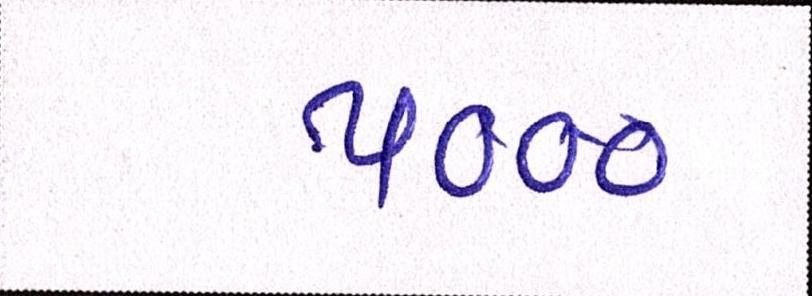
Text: ૫૦૦૦